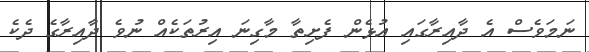
ނަމަވެސް އެ ދާއިރާގައި އުޅެން ފެށިތާ މާގިނަ އިރުތަކެއް ނުވެ ދާއިރާގެ ދެކެ